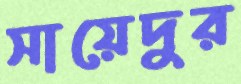
সায়েদুর